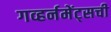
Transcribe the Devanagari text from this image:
गव्हर्नमेंट्सची